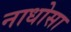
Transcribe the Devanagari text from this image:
नाधोसा